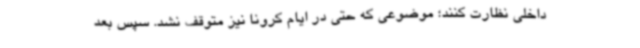
داخلی نظارت کنند؛ موضوعی که حتی در ایام کرونا نیز متوقف نشد. سپس بعد